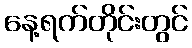
နေ့ရက်တိုင်းတွင်